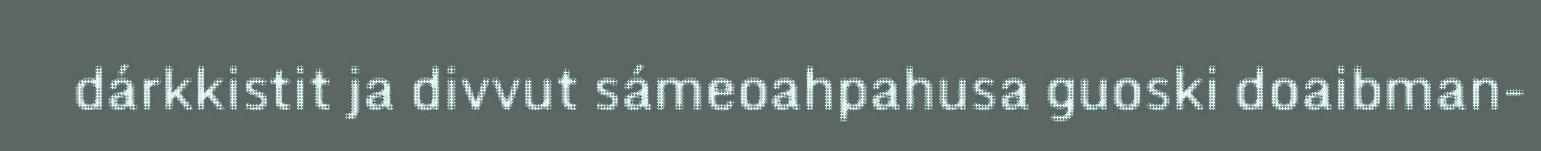
dárkkistit ja divvut sámeoahpahusa guoski doaibman-